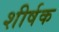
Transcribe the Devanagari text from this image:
शीर्षक